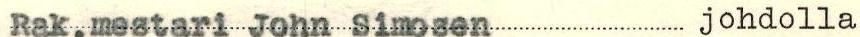
Rak.mestari John Simosen johdolla